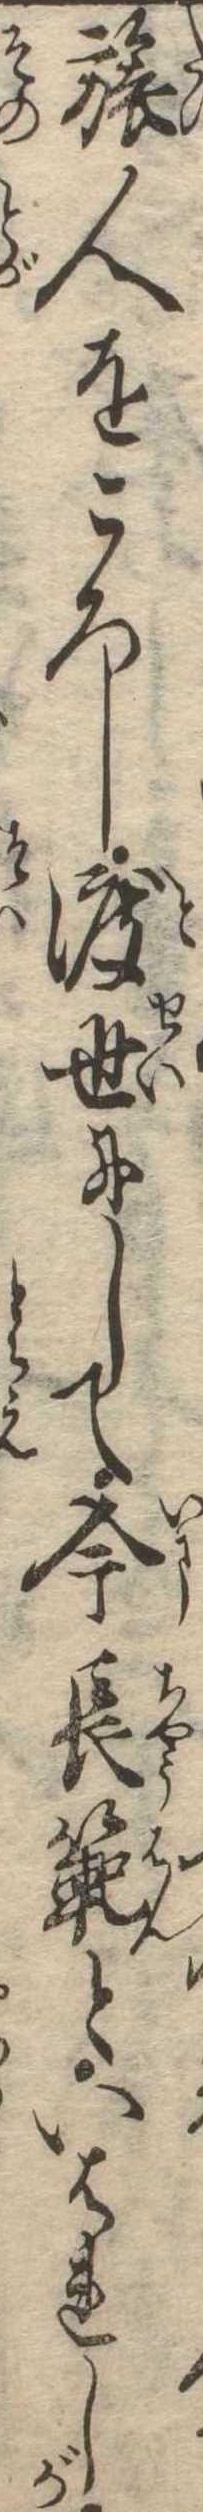
旅人をころし渡世にして今長範といはれしが